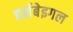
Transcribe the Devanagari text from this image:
हर्शबेइगल